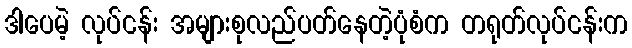
ဒါပေမဲ့ လုပ်ငန်း အများစုလည်ပတ်နေတဲ့ပုံစံက တရုတ်လုပ်ငန်းက